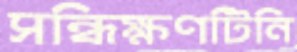
সন্ধিক্ষণটিনি